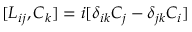
[ L _ { i j } , C _ { k } ] = i [ \delta _ { i k } C _ { j } - \delta _ { j k } C _ { i } ]